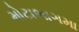
મોટાભાગમા